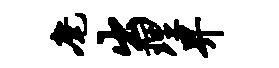
麾出理畀